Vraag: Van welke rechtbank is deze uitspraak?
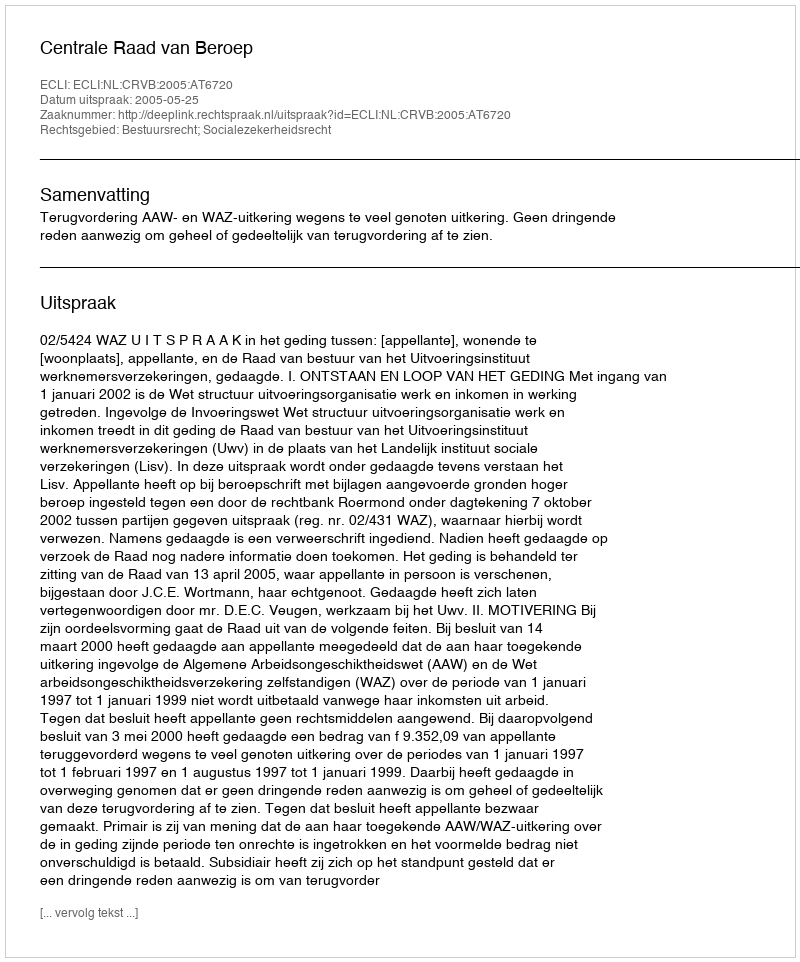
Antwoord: Centrale Raad van Beroep